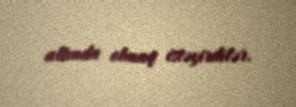
altında olmaq istəyirdilər.